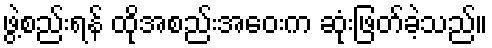
ဖွဲ့စည်းရန် ထိုအစည်းအဝေးက ဆုံးဖြတ်ခဲ့သည်။